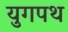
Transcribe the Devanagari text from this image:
युगपथ